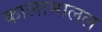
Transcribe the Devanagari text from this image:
कालामालल